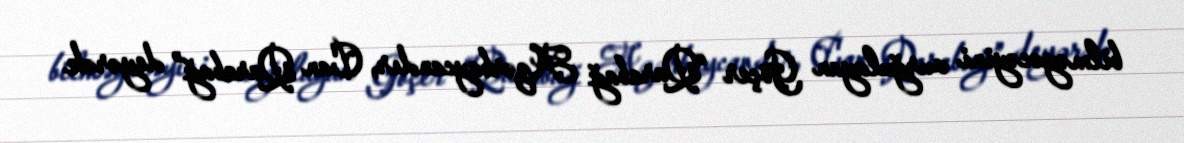
bilməyəcəyini vurğulayan Göçer “Qarabağ Azərbaycandır, Can Qarabağ” deyərək